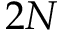
2 N